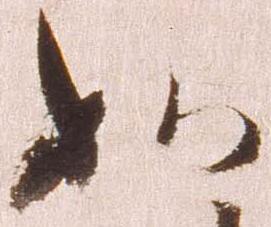
如